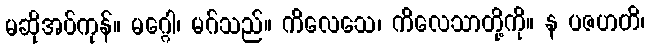
မဆိုအပ်ကုန်။ မဂ္ဂေါ၊ မဂ်သည်။ ကိလေသေ၊ ကိလေသာတို့ကို။ န ပဇဟတိ၊